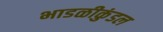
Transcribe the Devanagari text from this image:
भाडळीकुंडल